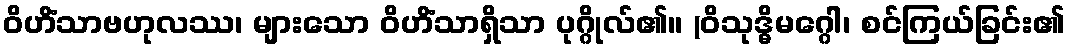
ဝိဟိံသာဗဟုလဿ၊ များသော ဝိဟိံသာရှိသာ ပုဂ္ဂိုလ်၏။ (ဝိသုဒ္ဓိမဂ္ဂေါ၊ စင်ကြယ်ခြင်း၏